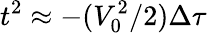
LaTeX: t^{2}\approx-(V_{0}^{2}/2)\Delta\tau